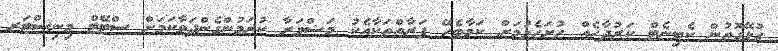
ގުޅޭގޮތުން ކެބިނެޓް ކަރުދާހެއް ހުށަހެޅުމަށް ކަމާބެހޭ ފަރާތްތަކާއެކު މަޝްވަރާ ކުރަމުންގެންދަވާކަމަށް ސްޓޭޓް މިނިސްޓަރ